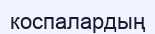
коспалардың